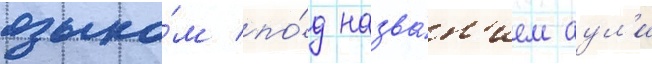
языко́м по́д назва́н'ием аул'и